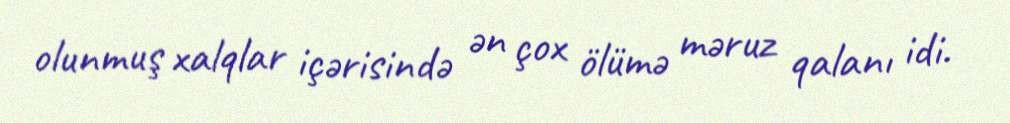
olunmuş xalqlar içərisində ən çox ölümə məruz qalanı idi.